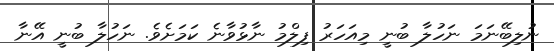
ނުލިބޭނަމަ ނަހުލާ ބުނީ މިއަހަރު ފިލްމު ނާޅުވާނެ ކަމަށެވެ. ނަހުލާ ބުނީ އޭނާ